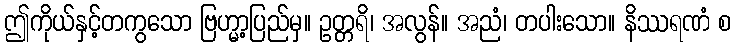
ဤကိုယ်နှင့်တကွသော ဗြဟ္မာ့ပြည်မှ။ ဥတ္တရိ၊ အလွန်။ အညံ၊ တပါးသော။ နိဿရဏံ စ